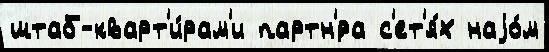
штаб-кварт'и́рам'и партн'́ра с'ет'я́х наjо́м